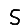
Digit: 5